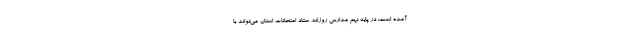
آمده است: در پایه نهم مدارس روزانه، ستاد امتحانات استان می‌تواند با